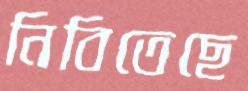
নিবিতেছে